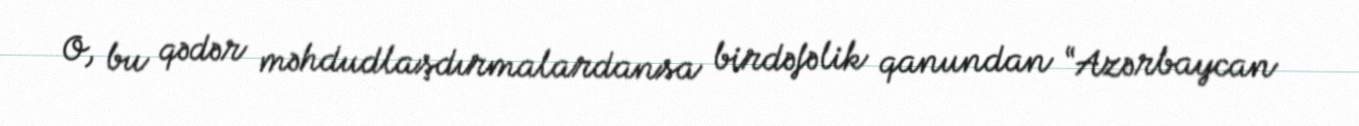
O, bu qədər məhdudlaşdırmalardansa birdəfəlik qanundan “Azərbaycan